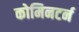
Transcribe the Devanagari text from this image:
कोमिनटर्न